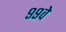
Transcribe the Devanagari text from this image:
९९वे